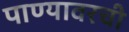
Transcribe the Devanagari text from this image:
पाण्यावरची